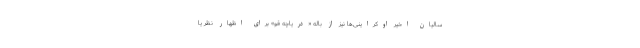
سالیان اخیر اوکراینی‌ها نیز از باله «دریاچه قو» برای اظهار نظر یا